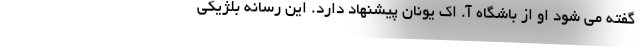
گفته می شود او از باشگاه آ. اک یونان پیشنهاد دارد. این رسانه بلژیکی